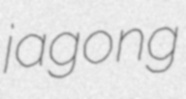
jagong